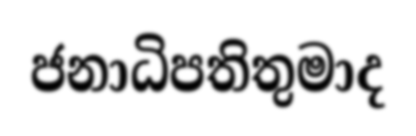
ජනාධිපතිතුමාද